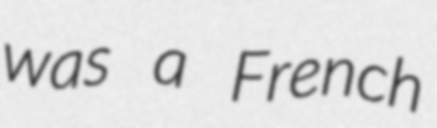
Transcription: was a French